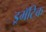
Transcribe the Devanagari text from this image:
ड्रमॅटिक